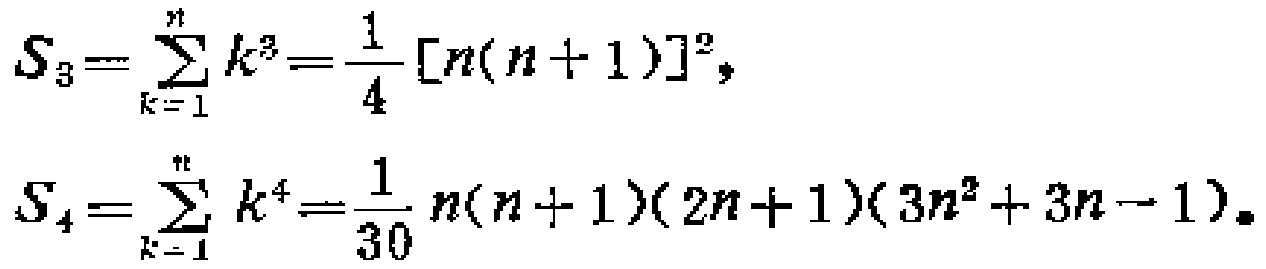
\[
S_{3}=\sum_{k = 1}^{n} k^{3}=\frac{1}{4}[n(n + 1)]^{2},
\]
\[
S_{4}=\sum_{k = 1}^{n} k^{4}=\frac{1}{30}n(n + 1)(2n + 1)(3n^{2}+3n - 1).
\]